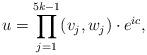
LaTeX: \begin{align*}u=\prod_{j=1}^{5k-1}(v_j,w_j)\cdot e^{ic},\end{align*}